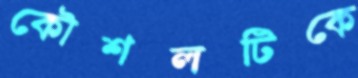
কৌশলটিকে